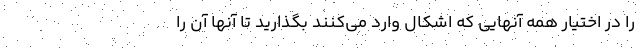
را در اختیار همه آنهایی که اشکال وارد می‌کنند بگذارید تا آنها آن را